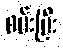
စမ်းပြီး